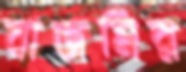
বাজমির